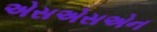
એસએસએન